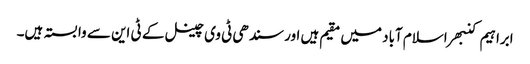
ابراہیم کنبھر اسلام آباد میں مقیم ہیں اور سندھی ٹی وی چینل کے ٹی این سے وابستہ ہیں۔